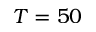
T = 5 0